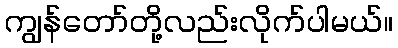
ကျွန်တော်တို့လည်းလိုက်ပါမယ်။